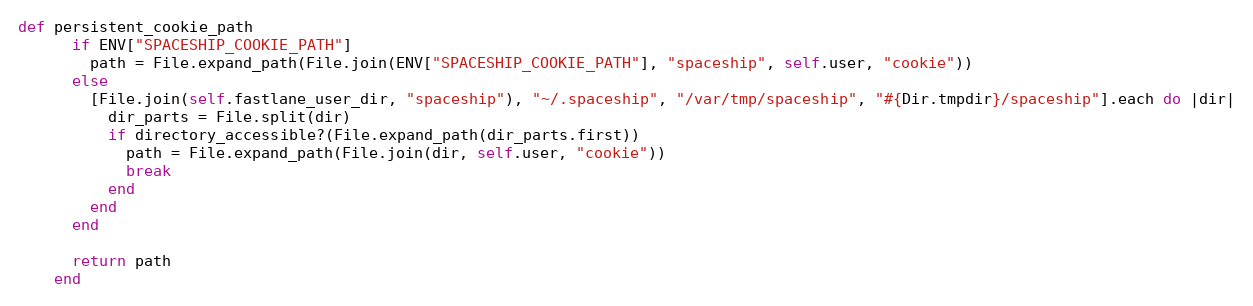
Language: Ruby
def persistent_cookie_path
      if ENV["SPACESHIP_COOKIE_PATH"]
        path = File.expand_path(File.join(ENV["SPACESHIP_COOKIE_PATH"], "spaceship", self.user, "cookie"))
      else
        [File.join(self.fastlane_user_dir, "spaceship"), "~/.spaceship", "/var/tmp/spaceship", "#{Dir.tmpdir}/spaceship"].each do |dir|
          dir_parts = File.split(dir)
          if directory_accessible?(File.expand_path(dir_parts.first))
            path = File.expand_path(File.join(dir, self.user, "cookie"))
            break
          end
        end
      end

      return path
    end